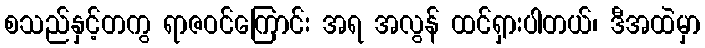
စသည်နှင့်တကွ ရာဇဝင်ကြောင်း အရ အလွန် ထင်ရှားပါတယ်၊ ဒီအထဲမှာ